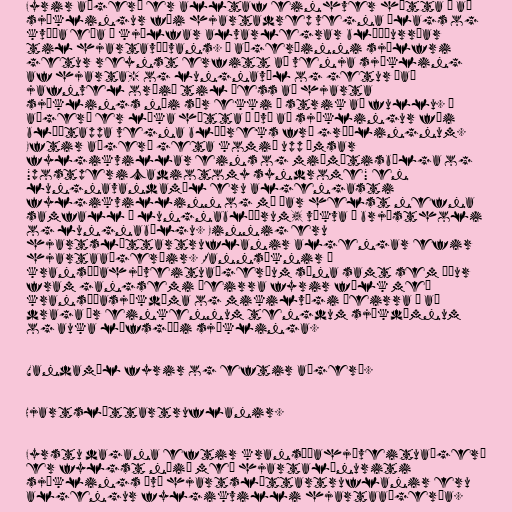
Fyrir aðgerð er alltaf einhver hætta á að
sjúklingur fái hjartadrep vegna álags og
kvíða eða í kjölfar alvarlegrar blóðþurrðar
til hjartavöðvans. Í aðgerðinni sjálfri
getur reynst erfitt að venja sjúkling
af hjarta- og lungnavél og getur það
jafnvel orðið til þess að hjarta
sjúklings nái sér ekki á strik að fullu. Í
aðgerð er líka hætta á því að sjúklingur fái
blóðtappa vegna blóðreks frá græðlingnum.
Eftir aðgerð geta komið upp ýmsar
fylgikvillar eins og miðmætisbólga og
"postpericadiotomy syndrome" en
lungnavandamál eru algengasti
fylgikvillinn og má þar helst nefna
samfall á lungnablöðrum, vökva í brjóstholi
og lungnabólgu. Einnig eru
hjartsláttartruflanir algengar efir
hjartaaðgerðir. Rannsóknir á
kransæðahjáveituaðgerðum sýna samt sem áður
fram gangsemi þeirra fyrir fólk með
kransæðasjúkdóma og mikilvægi þeirra í að
draga úr einkennum tengdum sjúkdómnum
og auka lífsgæði sjúklinga.

Vandamál fyrir og eftir aðgerð.

Hjartsláttartruflanir.

Fyrstu dagana eftir kransæðahjáveituaðgerð
er fylgst náið með hjartalínuriti
sjúklings því hjartsláttartruflanir eru
algengur fylgikvilli hjartaaðgerða.